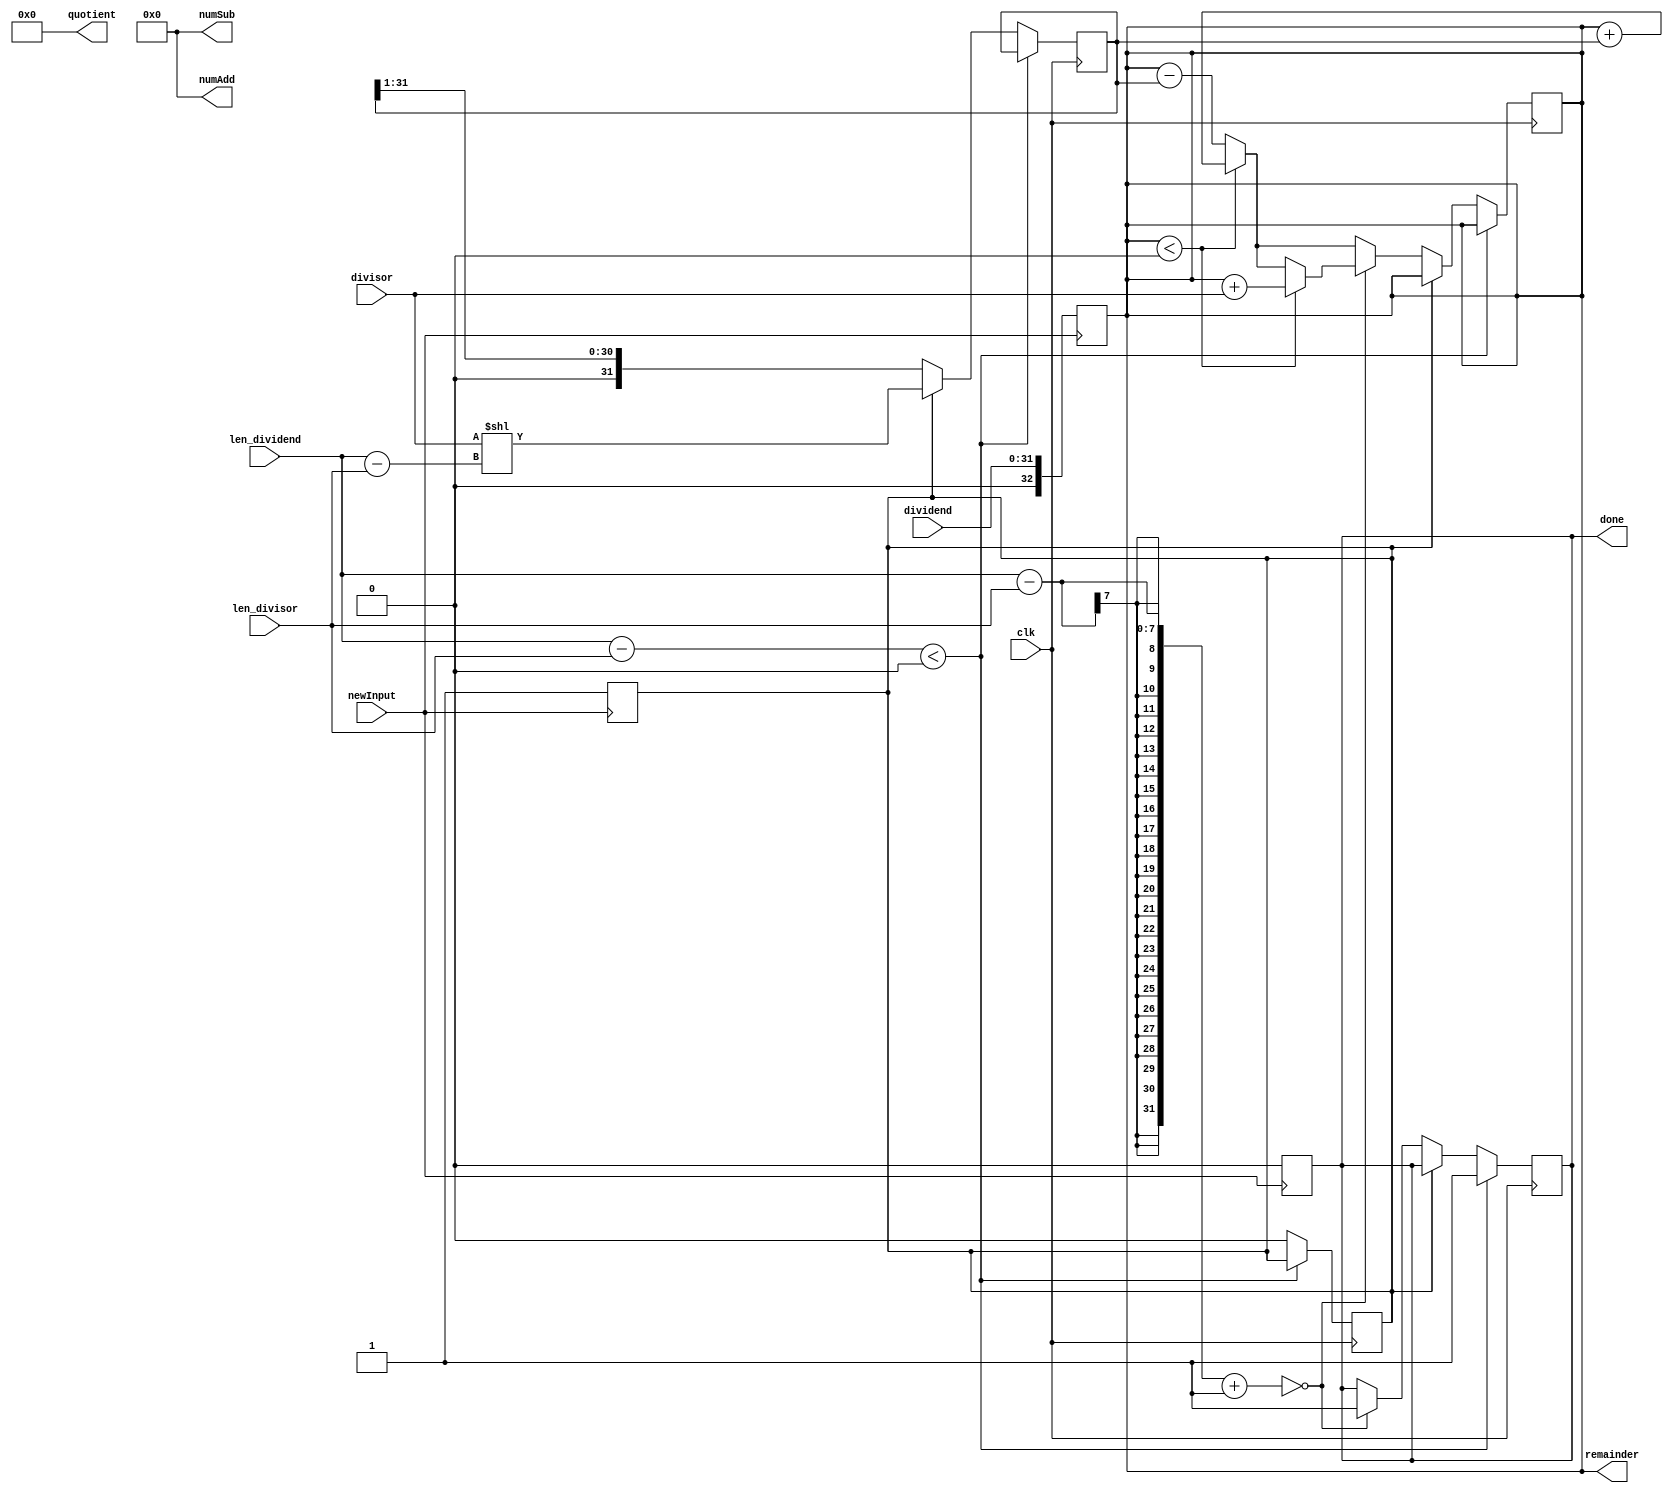
 `define SIZE 32

 module nrd(dividend, divisor, clk, len_dividend, len_divisor, newInput, quotient, remainder, done, numAdd, numSub);

    input [31:0] dividend, divisor;
    input signed [6:0] len_dividend, len_divisor;
    input clk, newInput;

    output reg [31:0] quotient = 0;
    output reg signed [32:0] remainder;
    output reg done = 1; 
    output reg [5:0] numAdd = 0, numSub = 0;

    reg isFirstCycle = 1;

    reg [31:0] aligned_divisor; 

    reg [5:0] iteration = 0;

    always @(posedge newInput) begin
        quotient <= 32'b0;
        remainder <= dividend;
        iteration <= 0;
        done <= 0;
        numAdd <= 0;
        numSub <= 0;
        isFirstCycle <= 1;
    end 

    always @(posedge clk) begin
        if (len_dividend - len_divisor < 0) begin
          done <= 1;
        end
        else if (isFirstCycle == 1) begin
            aligned_divisor <= divisor << (len_dividend - len_divisor);
            isFirstCycle <= 0;
        end
        else begin  

            if (remainder < 0) begin
              remainder <= remainder + aligned_divisor;
              numAdd <= numAdd + 1;
              quotient <= quotient ^ 1;
            end
            else begin
              remainder <= remainder - aligned_divisor;
              numSub <= numSub + 1;
            end
            #1
            quotient <= (quotient << 1) | 1;
            aligned_divisor <= aligned_divisor >> 1;
            iteration <= iteration + 1;
            #1
            if (iteration == len_dividend - len_divisor + 1) begin
                if (remainder < 0) begin
                  remainder <= remainder + divisor;
                  numAdd <= numAdd + 1;
                  quotient <= quotient - 1;
                end
                #1
                done <= 1;
            end
        end
    end

endmodule